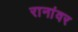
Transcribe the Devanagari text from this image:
रानांवर